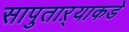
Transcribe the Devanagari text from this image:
सापुताऱ्याकडे